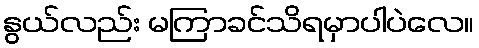
နွယ်လည်း မကြာခင်သိရမှာပါပဲလေ။